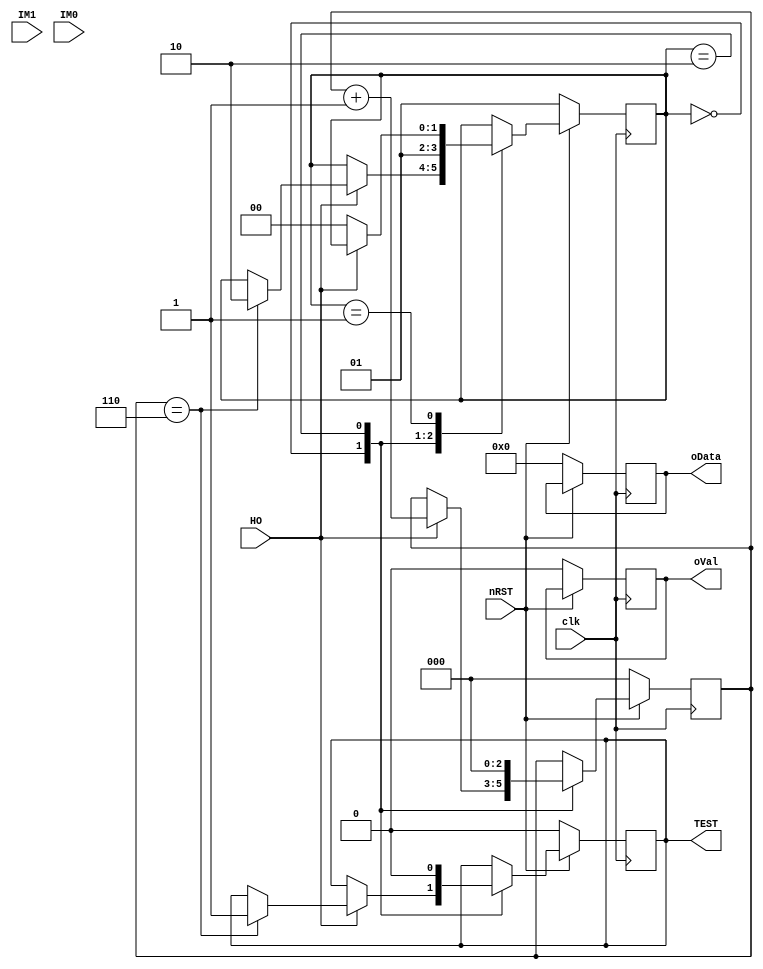
module recBDCC(
input clk,
input nRST,
input HO,
input IM1,
input IM0,
output reg [15:0] oData,
output reg oVal,
output reg TEST);

reg [2:0] cntHO;
reg [1:0] state;
`define HOHOLD 0
`define WAITHO 1
`define WAITIM 2

always@(posedge clk)
begin
	if(nRST == 0) begin
		oData <= 0;
		oVal <= 0;
		TEST <= 0;
		cntHO <= 0;
		state <= 1;
	end
	else
	case(state)
		`HOHOLD: begin
			if(HO) begin
				cntHO <= cntHO + 1;
				if(cntHO == 6) begin
					TEST <= 1;
					state <= `WAITIM;
				end
			end
		end
		`WAITIM: begin
			cntHO <= 0;
			TEST <= 0;
			state <= `WAITHO;
		end
		`WAITHO: begin
			if(~HO)
				state <= `HOHOLD;
		end
	endcase
end
endmodule